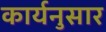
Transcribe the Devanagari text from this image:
कार्यनुसार